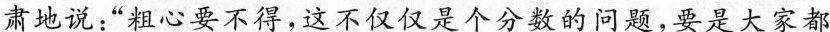
肃地说：”粗心要不得，这不仅仅是个分数的问题，要是大家都